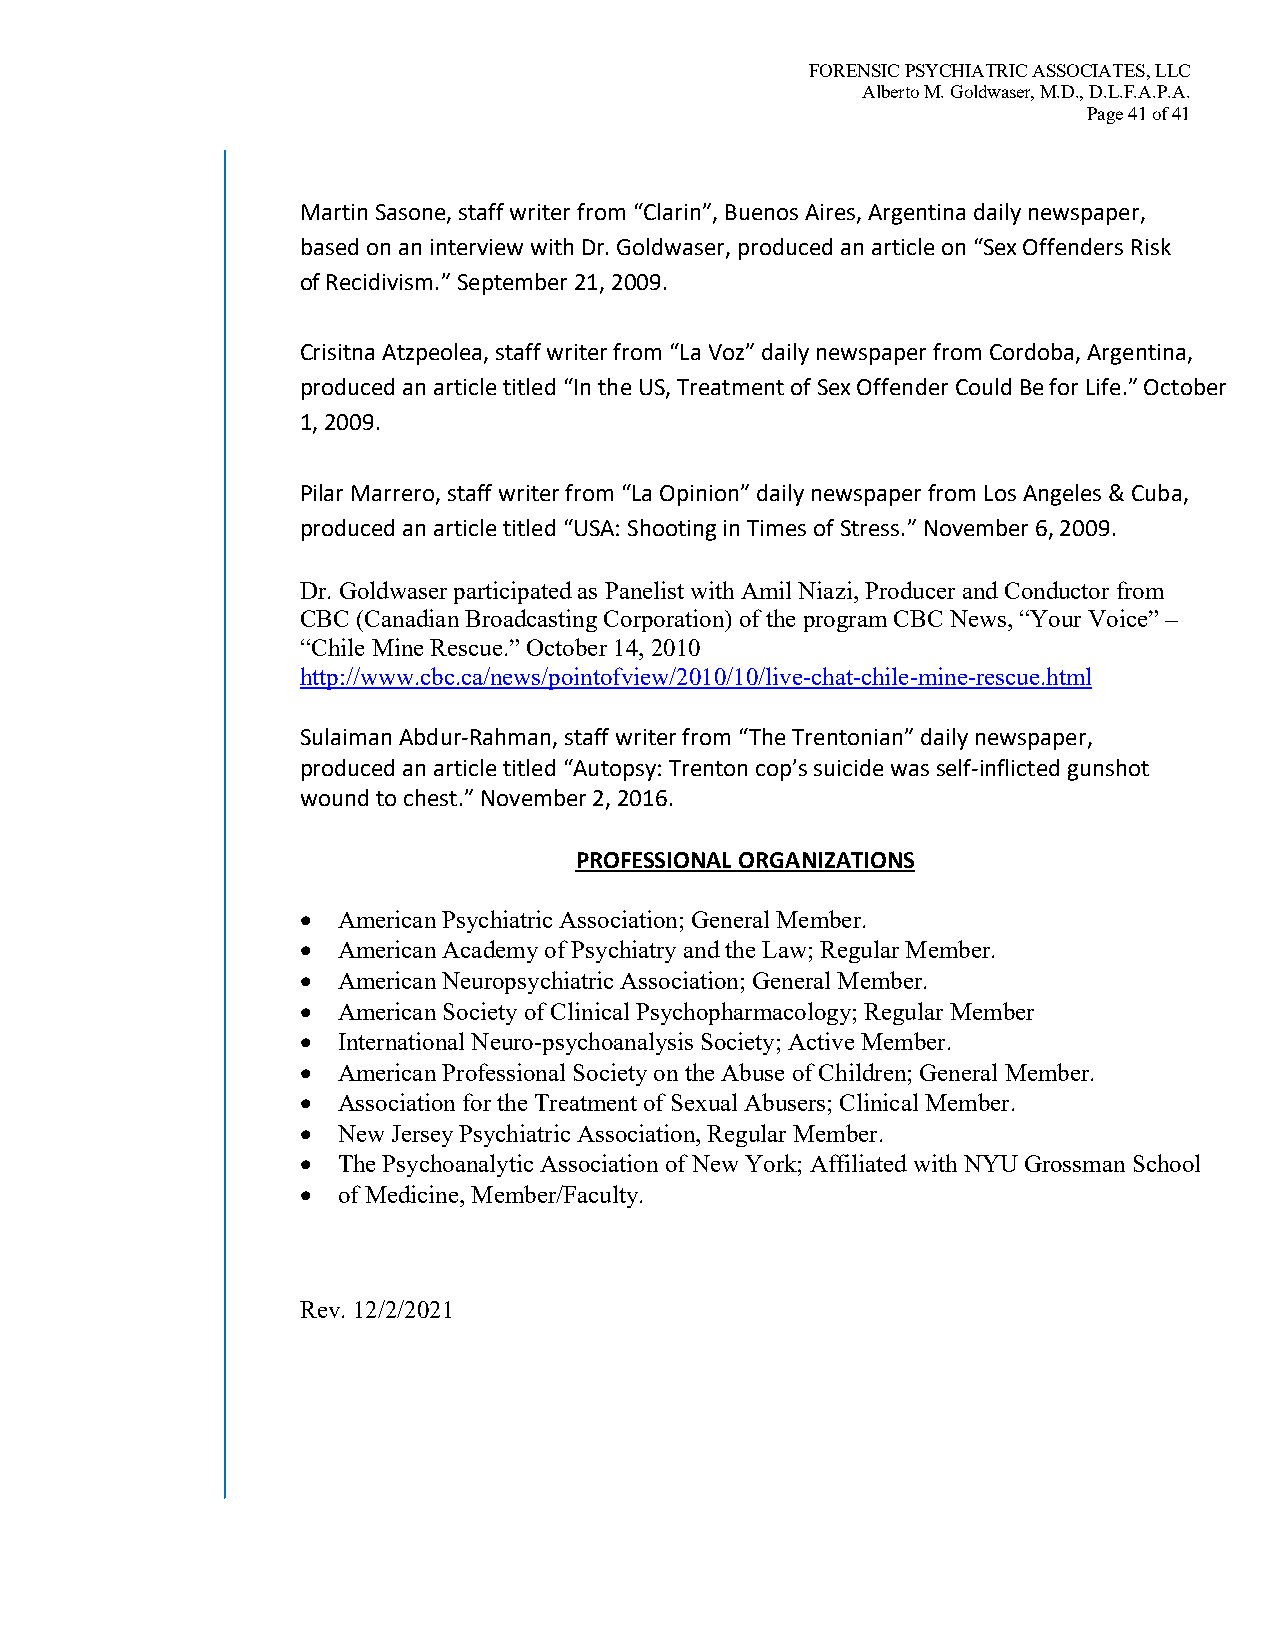
FORENSIC PSYCHIATRIC ASSOCIATES, LLC
 Alberto M. Goldwaser, M.D., D.L.F.A.P.A.
 Page 41 of 41
 Martin Sasone, staff writer from “Clarin”, Buenos Aires, Argentina daily newspaper,
 based on an interview with Dr. Goldwaser, produced an article on “Sex Offenders Risk
 of Recidivism.” September 21, 2009.
 Crisitna Atzpeolea, staff writer from “La Voz” daily newspaper from Cordoba, Argentina,
 produced an article titled “In the US, Treatment of Sex Offender Could Be for Life.” October
 1, 2009.
 Pilar Marrero, staff writer from “La Opinion” daily newspaper from Los Angeles & Cuba,
 produced an article titled “USA: Shooting in Times of Stress.” November 6, 2009.
 Dr. Goldwaser participated as Panelist with Amil Niazi, Producer and Conductor from
 CBC (Canadian Broadcasting Corporation) of the program CBC News, “Your Voice” –
 “Chile Mine Rescue.” October 14, 2010
 http://www.cbc.ca/news/pointofview/2010/10/live-chat-chile-mine-rescue.html
 Sulaiman Abdur-Rahman, staff writer from “The Trentonian” daily newspaper,
 produced an article titled “Autopsy: Trenton cop’s suicide was self-inflicted gunshot
 wound to chest.” November 2, 2016.
 PROFESSIONAL ORGANIZATIONS
 • American Psychiatric Association; General Member.
 • American Academy of Psychiatry and the Law; Regular Member.
 • American Neuropsychiatric Association; General Member.
 • American Society of Clinical Psychopharmacology; Regular Member
 • International Neuro-psychoanalysis Society; Active Member.
 • American Professional Society on the Abuse of Children; General Member.
 • Association for the Treatment of Sexual Abusers; Clinical Member.
 • New Jersey Psychiatric Association, Regular Member.
 • The Psychoanalytic Association of New York; Affiliated with NYU Grossman School
 • of Medicine, Member/Faculty.
 Rev. 12/2/2021